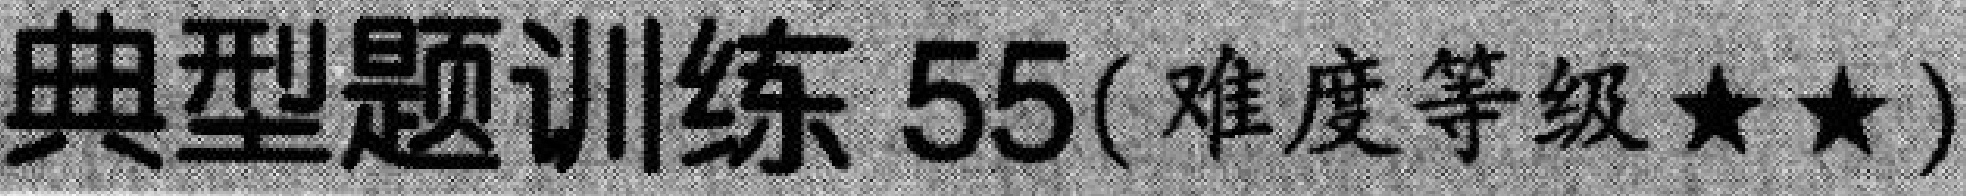
典型题训练 \(55\)( 难度等级 \(\star\star\))